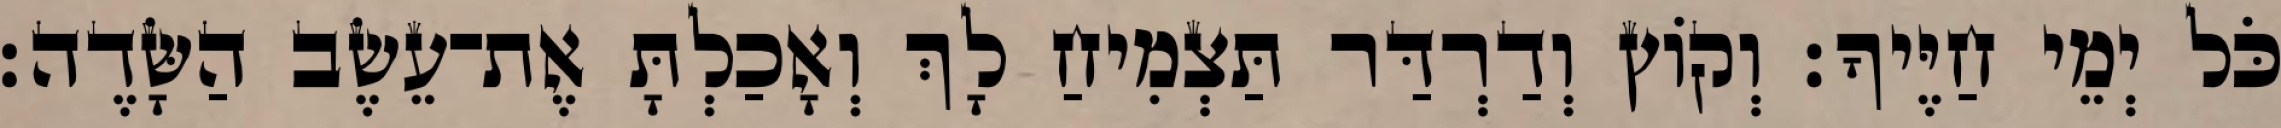
כֹּל יְמֵי חַיֶּיךָ׃ וְקֹוץ וְדַרְדַּר תַּצְמִיחַ לָךְ וְאָכַלְתָּ אֶת־עֵשֶׂב הַשָּׂדֶה׃